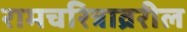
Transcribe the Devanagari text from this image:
रामचरित्राव्ररील